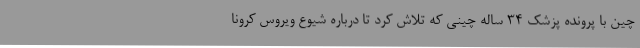
چین با پرونده پزشک 34 ساله چینی که تلاش کرد تا درباره شیوع ویروس کرونا